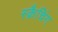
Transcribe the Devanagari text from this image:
स्क्रैचिंग